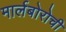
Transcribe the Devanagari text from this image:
मार्लबोरोची